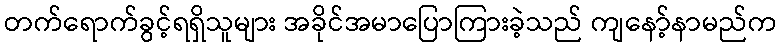
တက်ရောက်ခွင့်ရရှိသူများ အခိုင်အမာပြောကြားခဲ့သည် ကျနော့်နာမည်က